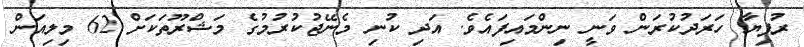
ރުފިޔާ ހަރަދުކުރަން ވަނީ ނިންމައިފައެވެ. އަދި ކުނި މެނޭޖުކުރުމުގެ މަޝްރޫތަކަށް 62 މިލިއަން